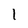
Character: 1